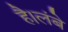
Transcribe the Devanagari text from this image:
है।लंबे